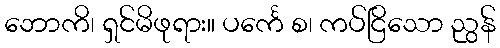
ဘောကိ၊ ရှင်မိဖုရား။ ပင်္ကေ စ၊ ကပ်ငြိသော ညွန်